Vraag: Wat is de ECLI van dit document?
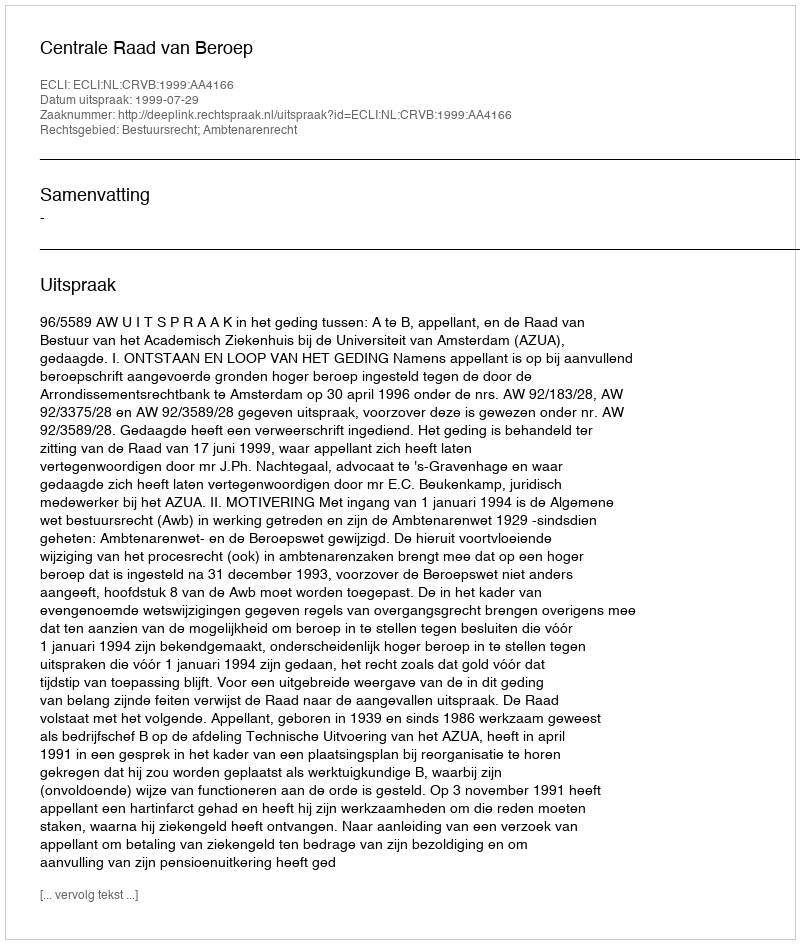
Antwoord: ECLI:NL:CRVB:1999:AA4166